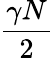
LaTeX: \frac{\gamma N}{2}